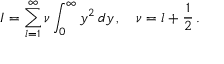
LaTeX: I = \sum _ { l = 1 } ^ { \infty } \nu \int _ { 0 } ^ { \infty } y ^ { 2 } \, d y \, , \quad \nu = l + \frac { 1 } { 2 } \, { . }